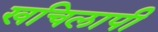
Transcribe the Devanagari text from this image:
खचिलापी